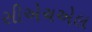
સીએચએલ